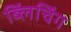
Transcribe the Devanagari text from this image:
ब्लिंचिंग